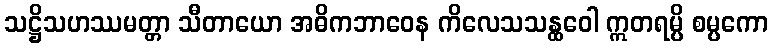
သဋ္ဌိသဟဿမတ္တာ သီတာယော အဓိကဘာဝေန ကိလေသသန္ထဝေါ ဣတရမ္ပိ စမ္ပကော